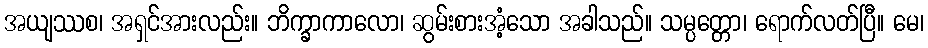
အယျဿစ၊ အရှင်အားလည်း။ ဘိက္ခာကာလော၊ ဆွမ်းစားအံ့သော အခါသည်။ သမ္ပတ္တော၊ ရောက်လတ်ပြီ။ မေ၊